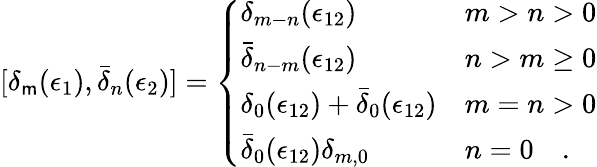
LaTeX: [\delta_{\mathsf{m}}(\epsilon_{1}),\bar{{\delta}}_{n}(\epsilon_{2})]=\left\{ \begin{array}{ll}{{\delta_{m-n}(\epsilon_{12})}}&{{m>n>0}}\\ {{\bar{\delta}_{n-m}(\epsilon_{12})}}&{{n>m\geq 0}}\\ {{\delta_{0}(\epsilon_{12})+\bar{\delta}_{0}(\epsilon_{12})}}&{{m=n>0}}\\ {{\bar{\delta}_{0}(\epsilon_{12})\delta_{m,0}}}&{{n=0\quad.}}\end{array}\right.